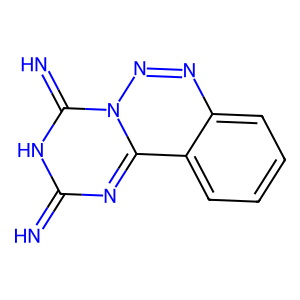
SMILES: N=c1nc2c3ccccc3nnn2c(=N)[nH]1
Inhibits HIV replication: No